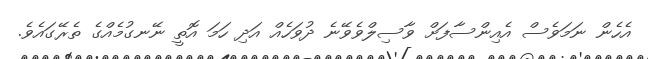
އެހެން ނަމަވެސް އެއިންސާފަށް ވާސިލްވެވޭނެ ދުވަހެއް އަދި ހަމަ އޮތީ ނޭނގުމެއްގެ ތެރޭގައެވެ.